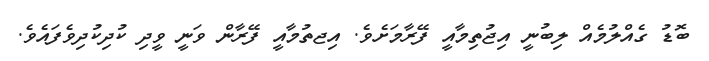
ބޮޑު ގެއްލުމެއް ލިބުނީ އިޖުތިމާއީ ފޭރާމަށެވެ. އިޖތުމާއީ ފޭރާން ވަނީ ވީދި ކުދިކުދިވެފައެވެ.